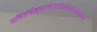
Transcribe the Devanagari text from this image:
सलिलंवोइदमन्तरासीतयदतरस्तंताकानां